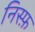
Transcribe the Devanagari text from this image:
निस्फ़